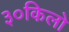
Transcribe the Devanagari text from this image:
३०किलो